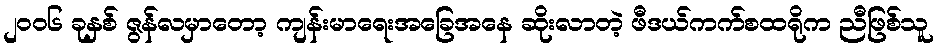
၂၀၀၆ ခုနှစ် ဇွန်လမှာတော့ ကျန်းမာရေးအခြေအနေ ဆိုးလာတဲ့ ဖီဒယ်ကက်စထရိုက ညီဖြစ်သူ